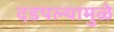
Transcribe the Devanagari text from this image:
दडपल्यामुळे